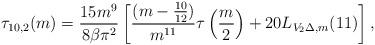
LaTeX: \begin{align*}\tau_{10,2}(m)=\frac{15 m^9}{8 \beta \pi^2 }\left[ \frac{(m- \frac{10}{12})}{m^{11}} \tau\left(\frac{m}{2}\right) + 20L_{V_2\Delta, m}(11) \right],\end{align*}